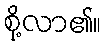
စို့လာ၏။